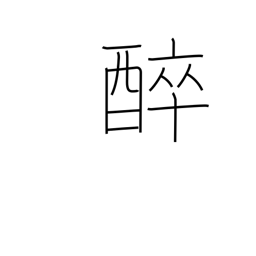
Meaning: get drunk